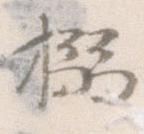
搦